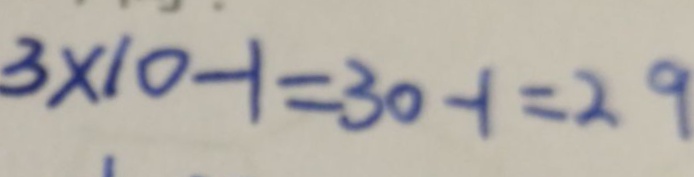
3 \times 1 0 - 1 = 3 0 - 1 = 2 9